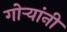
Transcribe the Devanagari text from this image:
गोऱ्यांनी